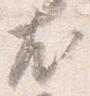
尤